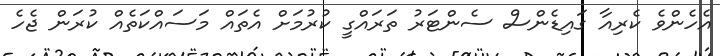
އެހެންވެ ކެރިއާ ގައިޑެންސް ސެންޓަރު ތަރައްގީ ކުރުމަށް އެތައް މަސައްކަތެއް ކުރަން ޖެހެ